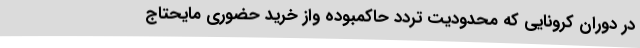
در دوران کرونایی که محدودیت‌ تردد حاکمبوده واز خرید حضوری مایحتاج